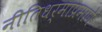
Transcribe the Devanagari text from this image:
नीतिधर्माप्रमाणे